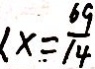
x = \frac { 6 9 } { 1 4 }